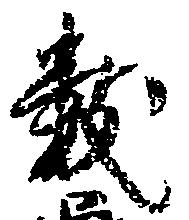
数